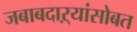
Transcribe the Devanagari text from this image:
जबाबदाऱ्यांसोबत